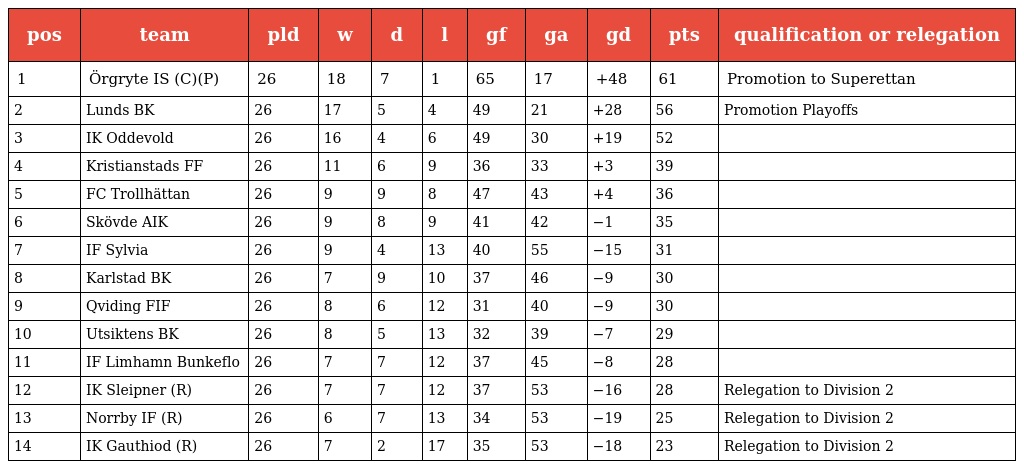
| pos | team | pld | w | d | l | gf | ga | gd | pts | qualification or relegation |
 | --- | --- | --- | --- | --- | --- | --- | --- | --- | --- | --- |
 | 1 | Örgryte IS (C)(P) | 26 | 18 | 7 | 1 | 65 | 17 | +48 | 61 | Promotion to Superettan |
 | 2 | Lunds BK | 26 | 17 | 5 | 4 | 49 | 21 | +28 | 56 | Promotion Playoffs |
 | 3 | IK Oddevold | 26 | 16 | 4 | 6 | 49 | 30 | +19 | 52 |  |
 | 4 | Kristianstads FF | 26 | 11 | 6 | 9 | 36 | 33 | +3 | 39 |  |
 | 5 | FC Trollhättan | 26 | 9 | 9 | 8 | 47 | 43 | +4 | 36 |  |
 | 6 | Skövde AIK | 26 | 9 | 8 | 9 | 41 | 42 | −1 | 35 |  |
 | 7 | IF Sylvia | 26 | 9 | 4 | 13 | 40 | 55 | −15 | 31 |  |
 | 8 | Karlstad BK | 26 | 7 | 9 | 10 | 37 | 46 | −9 | 30 |  |
 | 9 | Qviding FIF | 26 | 8 | 6 | 12 | 31 | 40 | −9 | 30 |  |
 | 10 | Utsiktens BK | 26 | 8 | 5 | 13 | 32 | 39 | −7 | 29 |  |
 | 11 | IF Limhamn Bunkeflo | 26 | 7 | 7 | 12 | 37 | 45 | −8 | 28 |  |
 | 12 | IK Sleipner (R) | 26 | 7 | 7 | 12 | 37 | 53 | −16 | 28 | Relegation to Division 2 |
 | 13 | Norrby IF (R) | 26 | 6 | 7 | 13 | 34 | 53 | −19 | 25 | Relegation to Division 2 |
 | 14 | IK Gauthiod (R) | 26 | 7 | 2 | 17 | 35 | 53 | −18 | 23 | Relegation to Division 2 |